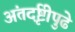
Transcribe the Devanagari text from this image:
अंतर्दृष्टीपुढे